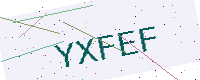
Text: YXFEF